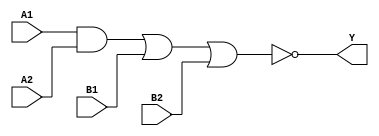
module sg13g2_a22oi_1 (Y, A1, A2, B1, B2);
	output Y;
	input A1, A2, B1, B2;

	// Function
	wire int_fwire_0, int_fwire_1;

	and (int_fwire_0, A1, A2);
	or (int_fwire_1, int_fwire_0, B1, B2);
	not (Y, int_fwire_1);

	// Timing
	specify
		(A1 => Y) = 0;
		(A2 => Y) = 0;
		(B1 => Y) = 0;
		(B2 => Y) = 0;
	endspecify

	// Formal
	`ifdef FORMAL 
	always @(A1, A2, B1, B2) begin
	if (B1 || B2 || (A1 && A2) == 1)
		assert (Y == 0);
	else
		assert (Y == 1);
	end
	`endif
endmodule